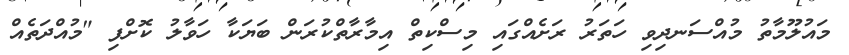
މައުލޫމާތު މުއްސަނދިވި ހަތަރު ރަށެއްގައި މިސްކިތް އިމާރާތްކުރަން ބަޔަކާ ހަވާލު ކޮށްފި "މުއްދަތެއް